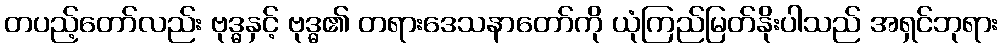
တပည့်တော်လည်း ဗုဒ္ဓနှင့် ဗုဒ္ဓ၏ တရားဒေသနာတော်ကို ယုံကြည်မြတ်နိုးပါသည် အရှင်ဘုရား